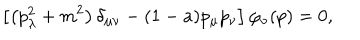
LaTeX: \left[ \left( p _ { \lambda } ^ { 2 } + m ^ { 2 } \right) \delta _ { \mu \nu } - ( 1 - a ) p _ { \mu } p _ { \nu } \right] \varphi _ { \nu } ( p ) = 0 ,